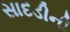
સાદડીની